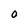
Character: 0